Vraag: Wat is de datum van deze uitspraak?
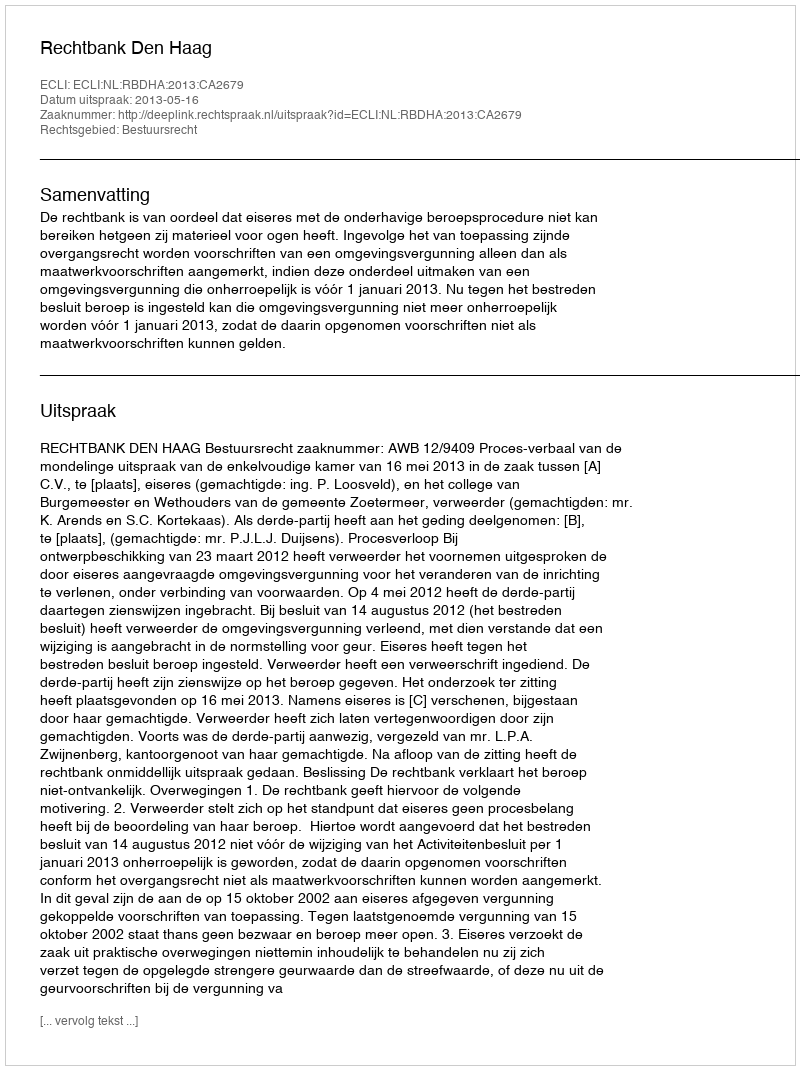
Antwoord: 2013-05-16